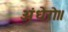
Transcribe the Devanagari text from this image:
अंधेरो॥